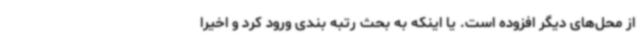
از محل‌های دیگر افزوده است. یا اینکه به بحث رتبه بندی ورود کرد و اخیرا